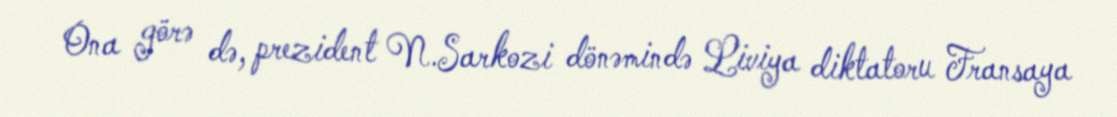
Ona görə də, prezident N.Sarkozi dönəmində Liviya diktatoru Fransaya